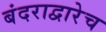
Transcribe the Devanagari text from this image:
बंदराद्वारेच